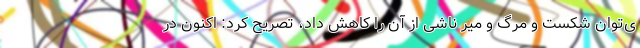
ی‌توان شکست و مرگ و میر ناشی از آن را کاهش داد، تصریح کرد: اکنون در